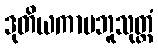
ဒုတိယကာမဘူသုတ္တံ